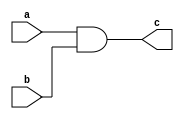
module simple_assign(
    input wire a,
    input wire b,
    output wire c
);

assign c = (a & b);

endmodule